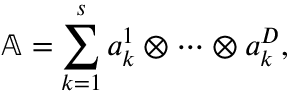
\mathbb { A } = \sum _ { k = 1 } ^ { s } a _ { k } ^ { 1 } \otimes \dots \otimes a _ { k } ^ { D } ,